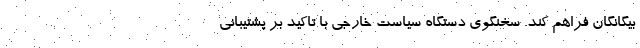
بیگانگان فراهم کند. سخنگوی دستگاه سیاست خارجی با تاکید بر پشتیبانی